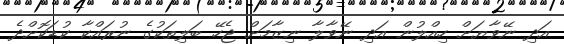
އަދި ނޭވާޔަށް ހިއްލުން އަދި ނޭވާލާ ނިޒާމަށް ޖެހޭ ބަލިތަކުގެ ނުރައްކާ ކުޑަކޮށްދެ